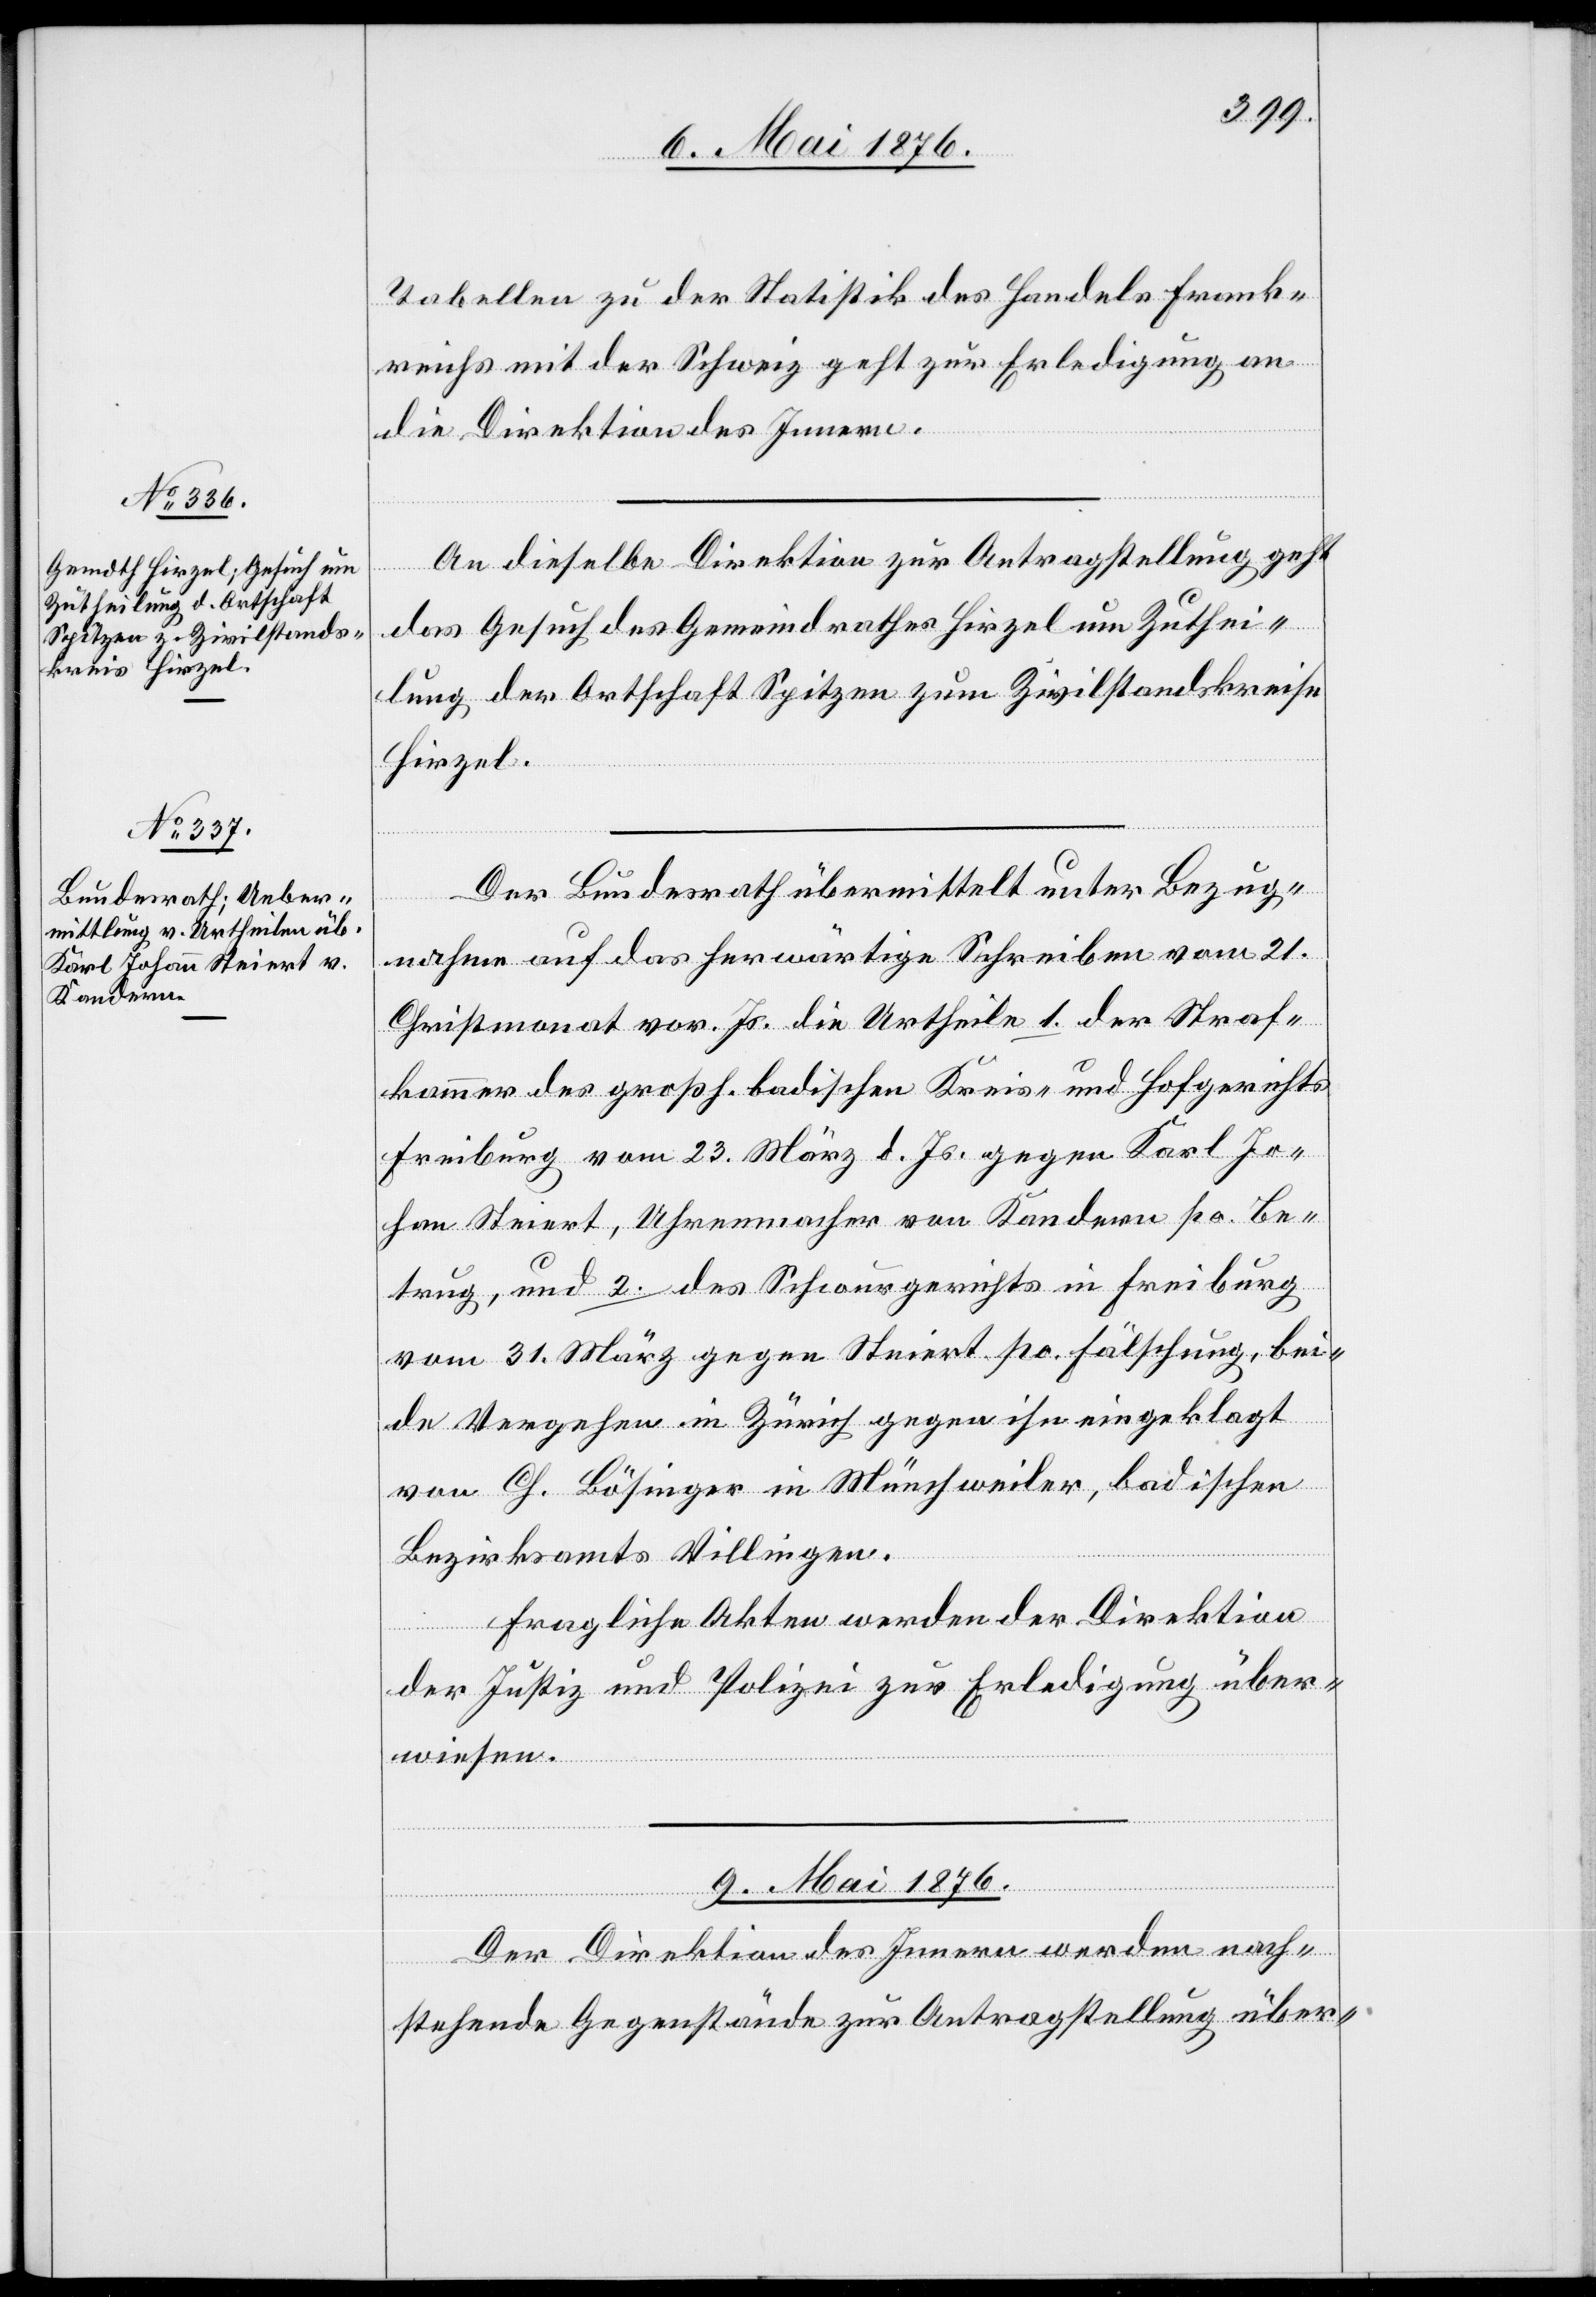
8. Mai 1876.]
Tabellen zu der Statistik des Handels Frank¬
reichs mit der Schweiz geht zur Erledigung an
die Direktion des Innern.
An dieselbe Direktion zur Antragstellung geht
das Gesuch des Gemeindrathes Hirzel um Zuthei¬
lung der Ortschaft Spitzen zum Zivilstandskreise
Hirzel.
Der Bundesrath übermittelt unter Bezug¬
nahme auf das herwärtige Schreiben vom 21.
Christmonat vor. Js. die Urtheile 1. der Straf¬
kammer des großh. badischen Kreis- und Hofgerichts
Freiburg vom 23. März d. Js. gegen Karl Jo¬
hann Steiert, Uhrenmacher von Kandern po. Be¬
trug, und 2. des Schwurgerichtes in Freiburg
vom 31. März gegen Steiert po. Fälschung, bei¬
de Vergehen in Zèrich gegen ihn eingeklagt
von G. Bösinger in Münchweiler, badischen
Bezirksamt Villingen.
Fragliche Akten werden der Direktion
der Justiz und Polizei zur Erledigung über¬
wiesen.
9. Mai 1876.
Der Direktion des Innern werden nach¬
stehende Gegenstände zur Antragstellung über-